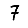
Digit: 7